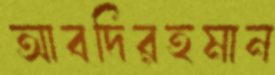
আবদিরহমান